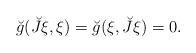
LaTeX: \begin{align*}\breve{g}(\breve{J}\xi ,\xi )=\breve{g}(\xi ,\breve{J}\xi )=0. \end{align*}